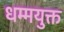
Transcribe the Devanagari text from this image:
धम्मयुक्त